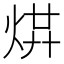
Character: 𤉻